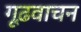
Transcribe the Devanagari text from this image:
गूढ़वाचन